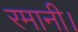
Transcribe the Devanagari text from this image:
रमानी।